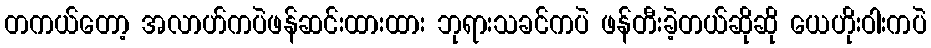
တကယ်တော့ အလာဟ်ကပဲဖန်ဆင်းထားထား ဘုရားသခင်ကပဲ ဖန်တီးခဲ့တယ်ဆိုဆို ယေဟိုးဝါးကပဲ